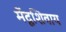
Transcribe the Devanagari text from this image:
मेंदूशिवाय